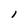
Character: 1